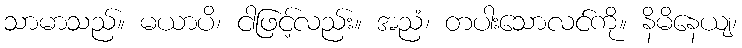
သာမာသည်။ မယာပိ၊ ငါဖြင့်လည်း။ အညံ၊ တပါးသောလင်ကို။ နိမိနေယျ၊